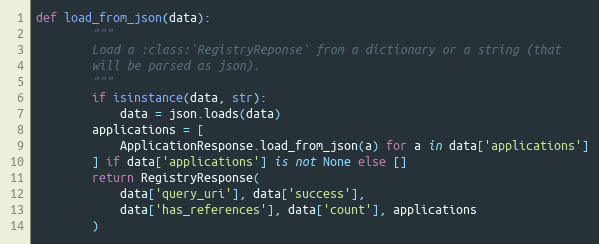
Language: Python
def load_from_json(data):
        """
        Load a :class:`RegistryReponse` from a dictionary or a string (that
        will be parsed as json).
        """
        if isinstance(data, str):
            data = json.loads(data)
        applications = [
            ApplicationResponse.load_from_json(a) for a in data['applications']
        ] if data['applications'] is not None else []
        return RegistryResponse(
            data['query_uri'], data['success'],
            data['has_references'], data['count'], applications
        )